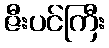
ဇီးပင်ကြီး